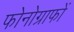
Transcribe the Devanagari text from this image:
फोनोग्राफों